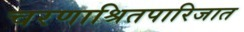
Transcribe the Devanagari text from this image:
चरणाश्रितपारिजात